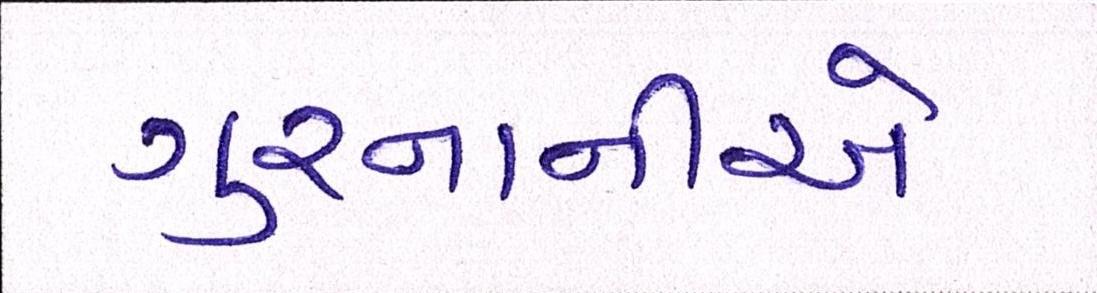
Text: ગુરનાનીએ